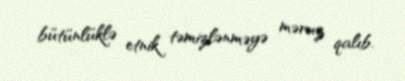
bütünlüklə etnik təmizlənməyə məruz qalıb.